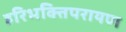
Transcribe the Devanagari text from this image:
हरिभक्तिपरायण